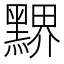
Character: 𪑹